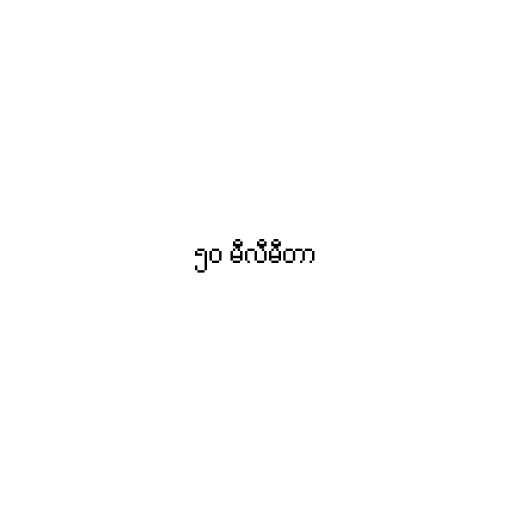
၅၀ မီလီမီတာ